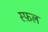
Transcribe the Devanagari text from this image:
स्फ़ल